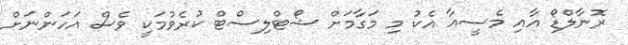
ރޮނާލްޑޯ އާއި މެސީއާ އެކު މި މަގާމަށް ޝޯޓްލިސްޓް ކުރެވުމަކީ ވެސް އަހަންނަށް